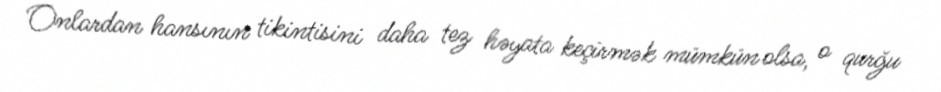
Onlardan hansının tikintisini daha tez həyata keçirmək mümkün olsa, o qurğu